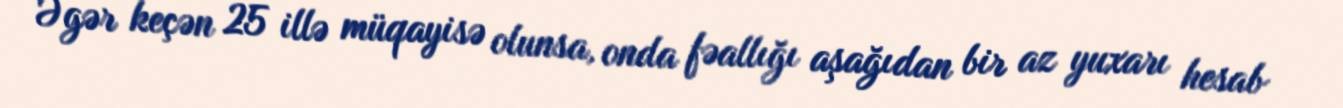
Əgər keçən 25 illə müqayisə olunsa, onda fəallığı aşağıdan bir az yuxarı hesab